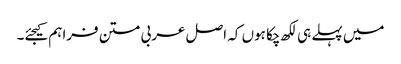
میں پہلے ہی لکھ چکا ہوں کہ اصل عربی متن فراہم کیجئے۔